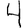
Digit: 4